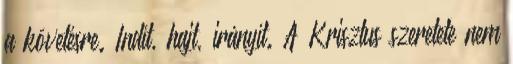
a követésre. Indít, hajt, irányít. A Krisztus szeretete nem